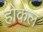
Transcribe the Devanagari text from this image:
होकल